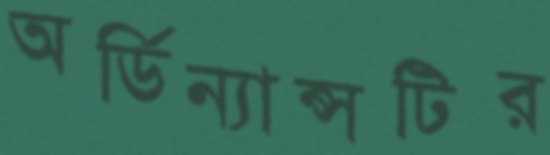
অর্ডিন্যান্সটির